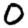
Digit: 0